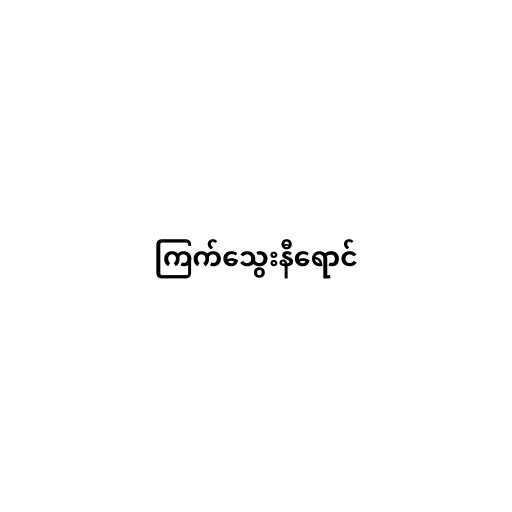
ကြက်သွေးနီရောင်